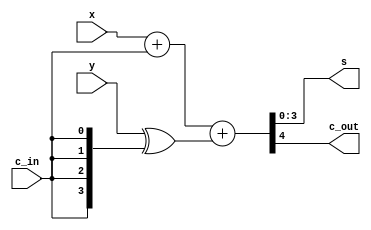
`timescale 1ns / 1ps
//////////////////////////////////////////////////////////////////////////////////
// Company: 
// Engineer: 
// 
// Design Name: 
// Module Name: complement_adder_4_bit
// Project Name: 
// Target Devices: 
// Tool Versions: 
// Description: 
// 
// Dependencies: 
// 
// Revision:
// Revision 0.01 - File Created
// Additional Comments:
// 
//////////////////////////////////////////////////////////////////////////////////


module complement_adder_4_bit(
        s, c_out, x, y, c_in
    );
    
    input [3: 0] x, y;
    input c_in;
    
    output [3: 0] s;
    output c_out;
    
    assign {c_out, s} = x + c_in + (y ^ {4{c_in}});
endmodule